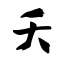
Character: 夭